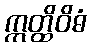
ဣတ္ထိဝိဓံ